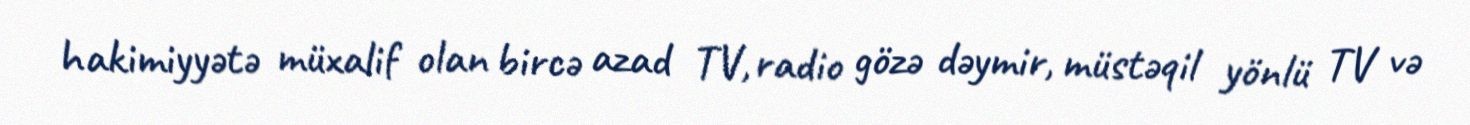
hakimiyyətə müxalif olan bircə azad TV, radio gözə dəymir, müstəqil yönlü TV və